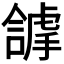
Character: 𧇵